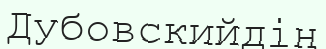
Дубовскийдің